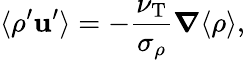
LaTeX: \langle{\rho^{\prime}{\textbf{u}}^{\prime}}\rangle=-\frac{\nu_{\textrm{T}}}{\sigma_{\rho}}{\boldsymbol{\nabla}}\langle{\rho}\rangle,